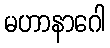
မဟာနာဂေါ